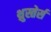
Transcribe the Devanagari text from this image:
थ्रुस्तेर्स